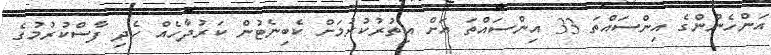
އަންހެނުންގެ އިންސައްތަ 33 އިންސައްތަ އަށް އިތުރުކުރުމަށް ކެބިނެޓުން ކަރުދާހެއް ހެދި ފާސްކުރުމުގެ